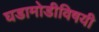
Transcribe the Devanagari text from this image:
घडामोडीविषयी